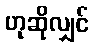
ဟုဆိုလျှင်